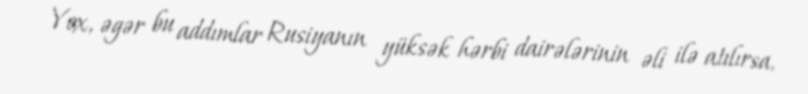
Yox, əgər bu addımlar Rusiyanın yüksək hərbi dairələrinin əli ilə atılırsa,